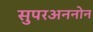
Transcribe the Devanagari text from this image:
सुपरअननोन